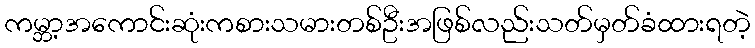
ကမ္ဘာ့အကောင်းဆုံးကစားသမားတစ်ဦးအဖြစ်လည်းသတ်မှတ်ခံထားရတဲ့